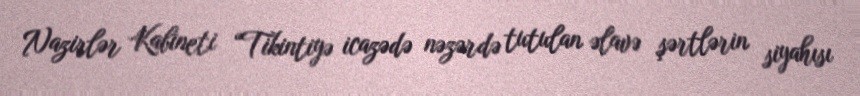
Nazirlər Kabineti “Tikintiyə icazədə nəzərdə tutulan əlavə şərtlərin siyahısı